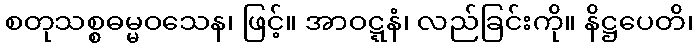
စတုသစ္စဓမ္မဝသေန၊ ဖြင့်။ အာဝဋ္ဋနံ၊ လည်ခြင်းကို။ နိဋ္ဌပေတိ၊